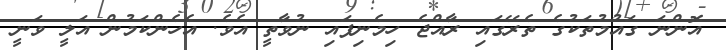
އޮންނަ ގައުމުތަކުގެ ތެރޭގައި ރާއްޖެ ހިމެނިފައި ނުވާތީ އެވެ. އެހެންކަމުން އަލީ ވަނީ